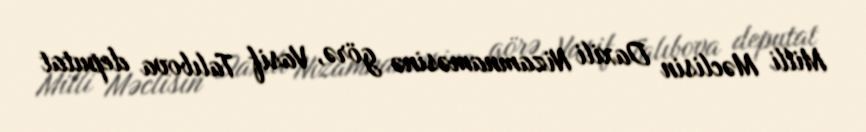
Milli Məclisin Daxili Nizamnaməsinə görə, Vasif Talıbova deputat